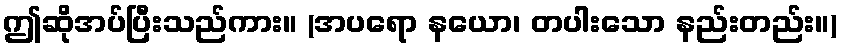
ဤဆိုအပ်ပြီးသည်ကား။ (အပရော နယော၊ တပါးသော နည်းတည်း။)